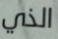
الذي